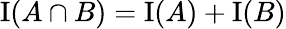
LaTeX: \mathrm{I}(A\cap B)=\mathrm{I}(A)+\mathrm{I}(B)